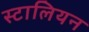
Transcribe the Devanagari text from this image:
स्टालियन